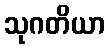
သုဂတိယာ